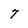
Character: 7